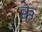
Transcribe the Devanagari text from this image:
क्के